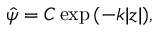
\begin{array} { r } { \hat { \psi } = C \exp { ( - k | z | ) } , } \end{array}